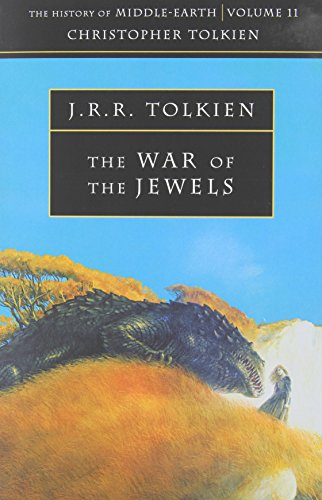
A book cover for The War of the Jewels: v.2 1 (The History of Middle-Earth); Christopher Tolkien; Science Fiction & Fantasy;